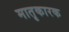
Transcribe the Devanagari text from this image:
मातृकारक